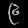
Digit: ၉